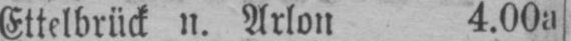
Ettelbrück n. Arlon 4.00a